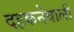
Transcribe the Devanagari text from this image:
दहकनेवाली